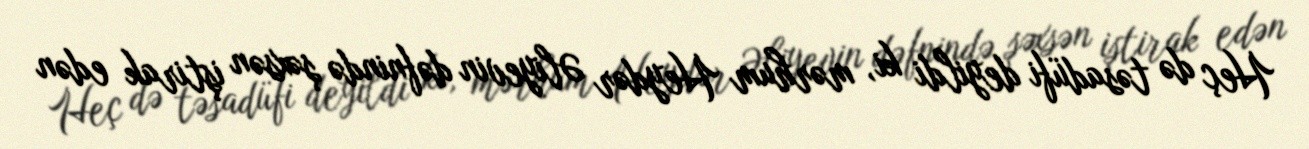
Heç də təsadüfi deyildi ki, mərhum Heydər Əliyevin dəfnində şəxsən iştirak edən